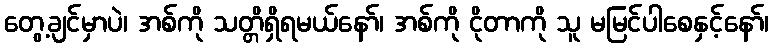
တွေ့ချင်မှာပဲ၊ အစ်ကို သတ္တိရှိရမယ်နော်၊ အစ်ကို ငိုတာကို သူ မမြင်ပါစေနှင့်နော်၊